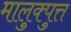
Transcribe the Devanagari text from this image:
मालुक्पुत्त